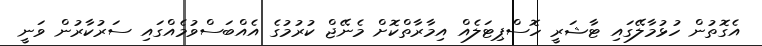
އެގޮތުން ހުޅުމާލޭގައި ޓާޝަރީ ހޮސްޕިޓަލެއް އިމާރާތްކޮށް މެނޭޖް ކުރުމުގެ އެއްބަސްވުމެއްގައި ސަރުކާރުން ވަނީ